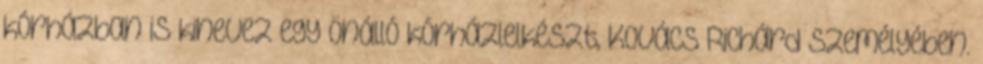
kórházban is kinevez egy önálló kórházlelkészt, Kovács Richárd személyében.